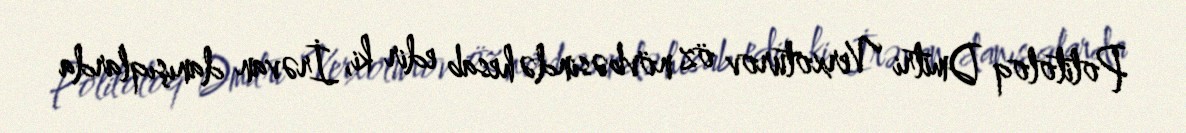
Politoloq Dmitri Verxoturov öz növbəsində hesab edir ki, İrəvan danışıqlarda